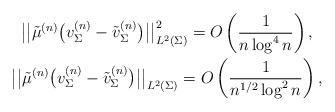
LaTeX: \begin{gather*}\big\vert \big\vert \tilde{\mu}^{(n)}\big( v_{\Sigma}^{(n)} - \tilde{v}_\Sigma^{(n)} \big) \big\vert \big\vert_{L^2(\Sigma)}^2 = O\left(\frac{1}{n\log^4n}\right),\\\big\vert \big\vert \tilde{\mu}^{(n)}\big( v_{\Sigma}^{(n)} - \tilde{v}_\Sigma^{(n)} \big) \big\vert \big\vert_{L^2(\Sigma)} = O\left(\frac{1}{n^{1/2}\log^2n}\right),\end{gather*}